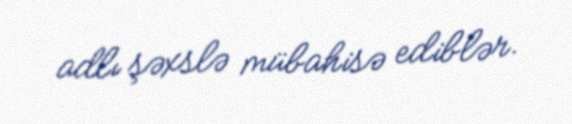
adlı şəxslə mübahisə ediblər.